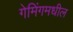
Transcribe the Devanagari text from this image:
गेमिंगमधील